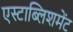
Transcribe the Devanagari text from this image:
एस्टाब्लिशमेंट